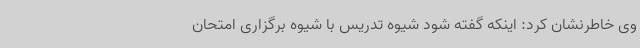
وی خاطرنشان کرد: اینکه گفته شود شیوه تدریس با شیوه برگزاری امتحان